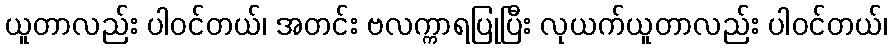
ယူတာလည်း ပါဝင်တယ်၊ အတင်း ဗလက္ကာရပြုပြီး လုယက်ယူတာလည်း ပါဝင်တယ်၊